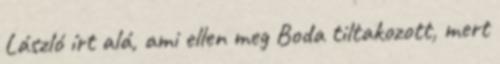
László írt alá, ami ellen meg Boda tiltakozott, mert